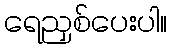
ရေညှစ်ပေးပါ။